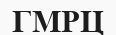
ГМРЦ